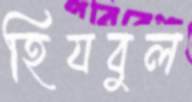
হিযবুল